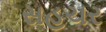
સહચર